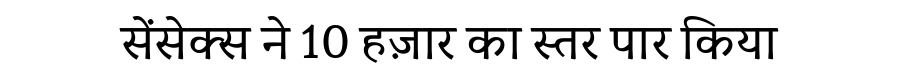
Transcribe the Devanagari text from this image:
सेंसेक्स ने 10 हज़ार का स्तर पार किया